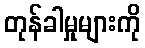
တုန်ခါမှုများကို